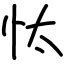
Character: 忲